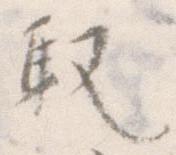
取